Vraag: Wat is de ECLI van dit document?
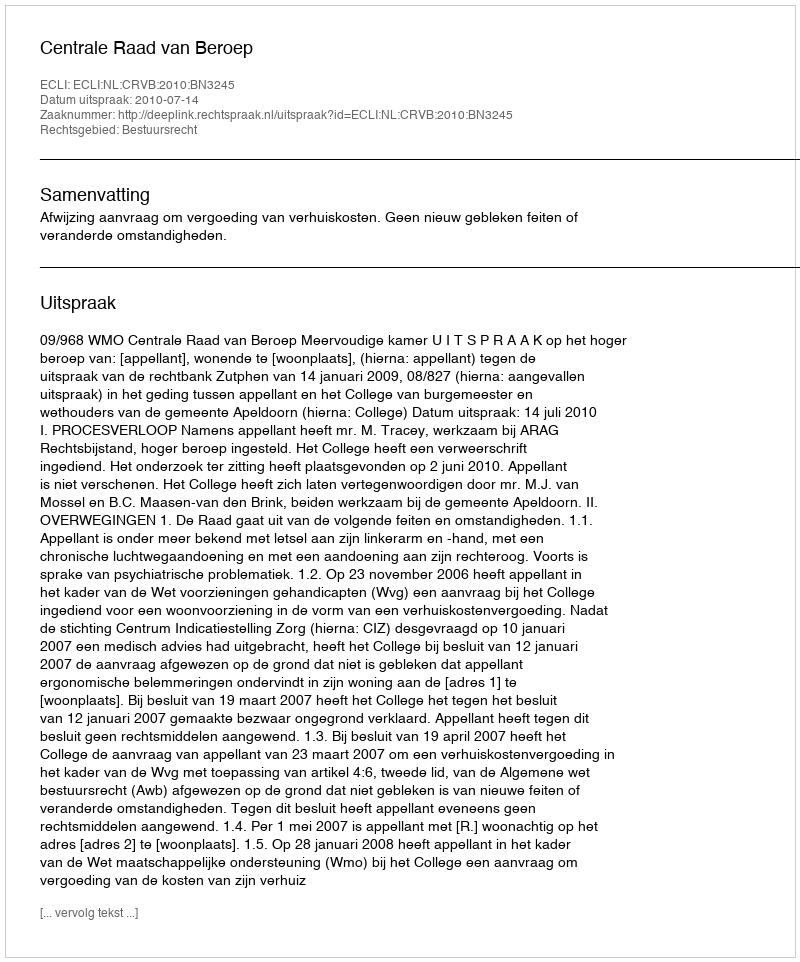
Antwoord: ECLI:NL:CRVB:2010:BN3245